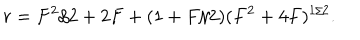
LaTeX: r = F ^ { 2 } / 2 + 2 F + ( 1 + F / 2 ) ( F ^ { 2 } + 4 F ) ^ { 1 / 2 } .